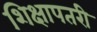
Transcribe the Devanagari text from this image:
शिक्षापतरी